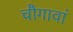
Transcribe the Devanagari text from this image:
चौगावां